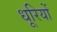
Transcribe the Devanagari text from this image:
धूरियों